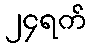
၂၄ရက်